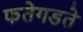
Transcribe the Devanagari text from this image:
फतेगडते